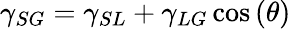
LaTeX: \gamma_{SG}=\gamma_{SL}+\gamma_{LG}\cos\left(\theta\right)